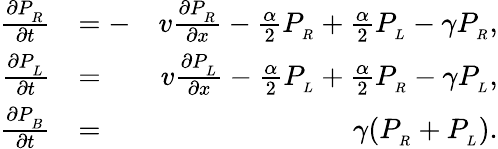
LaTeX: \begin{array}{rlr}{\frac{\partial P_{_R}}{\partial t}}&{=-}&{v\frac{\partial P_{_R}}{\partial x}-\frac{\alpha}{2}P_{_R}+\frac{\alpha}{2}P_{_L}-\gamma P_{_R},}\\ {\frac{\partial P_{_L}}{\partial t}}&{=}&{v\frac{\partial P_{_L}}{\partial x}-\frac{\alpha}{2}P_{_L}+\frac{\alpha}{2}P_{_R}-\gamma P_{_L},}\\ {\frac{\partial P_{_B}}{\partial t}}&{=}&{\gamma(P_{_R}+P_{_L}).}\end{array}